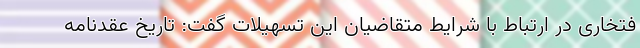
فتخاری در ارتباط با شرایط متقاضیان این تسهیلات گفت: تاریخ عقدنامه